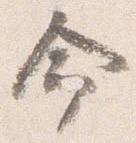
命